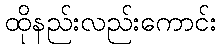
ထိုနည်းလည်းကောင်း